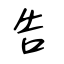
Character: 告